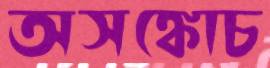
অসঙ্কোচ